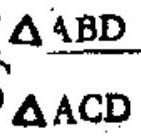
$\frac{\triangle ABD}{\triangle ACD}$